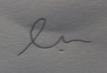
Signature authenticity: forged